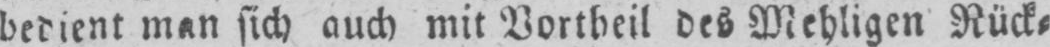
bedient man sich auch mit Vortheil des Mehligen Rück⸗